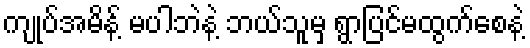
ကျုပ်အမိန့် မပါဘဲနဲ့ ဘယ်သူမှ ရွာပြင်မထွက်စေနဲ့